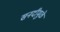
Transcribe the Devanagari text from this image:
सनदीमुळे